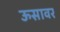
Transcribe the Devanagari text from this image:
ऊसावर